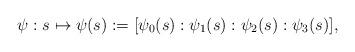
LaTeX: \begin{align*} \psi: s \mapsto \psi(s): = [\psi_0(s) : \psi_1(s) : \psi_2(s) : \psi_3(s) ],\end{align*}